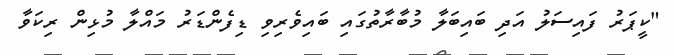
"ކީޕަރު ފައިސަލު އަދި ބައިބަލާ މުބާރާތުގައި ބައިވެރިވި ޑިފެންޑަރު މައްލާ މުޅިން ރިކަވާ